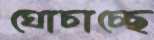
ঘোচাচ্ছে